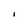
Character: I